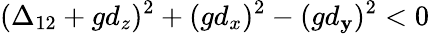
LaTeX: (\Delta_{12}+gd_{z})^{2}+(gd_{x})^{2}-(gd_{\mathbf{y}})^{2}<0